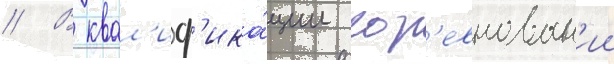
// В квал'иф'ика́ции сор'евнован'ии